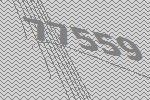
77559